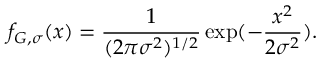
f _ { G , \sigma } ( x ) = \frac { 1 } { ( 2 \pi \sigma ^ { 2 } ) ^ { 1 / 2 } } \exp ( - \frac { x ^ { 2 } } { 2 \sigma ^ { 2 } } ) .